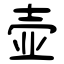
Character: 壶